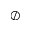
\oslash